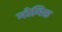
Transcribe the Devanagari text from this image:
मोमिस